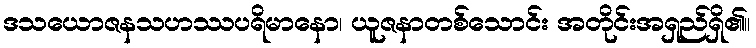
ဒသယောဇနသဟဿပရိမာနော၊ ယူဇနာတစ်သောင်း အတိုင်းအရှည်ရှိ၏။